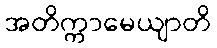
အတိက္ကာမေယျာတိ